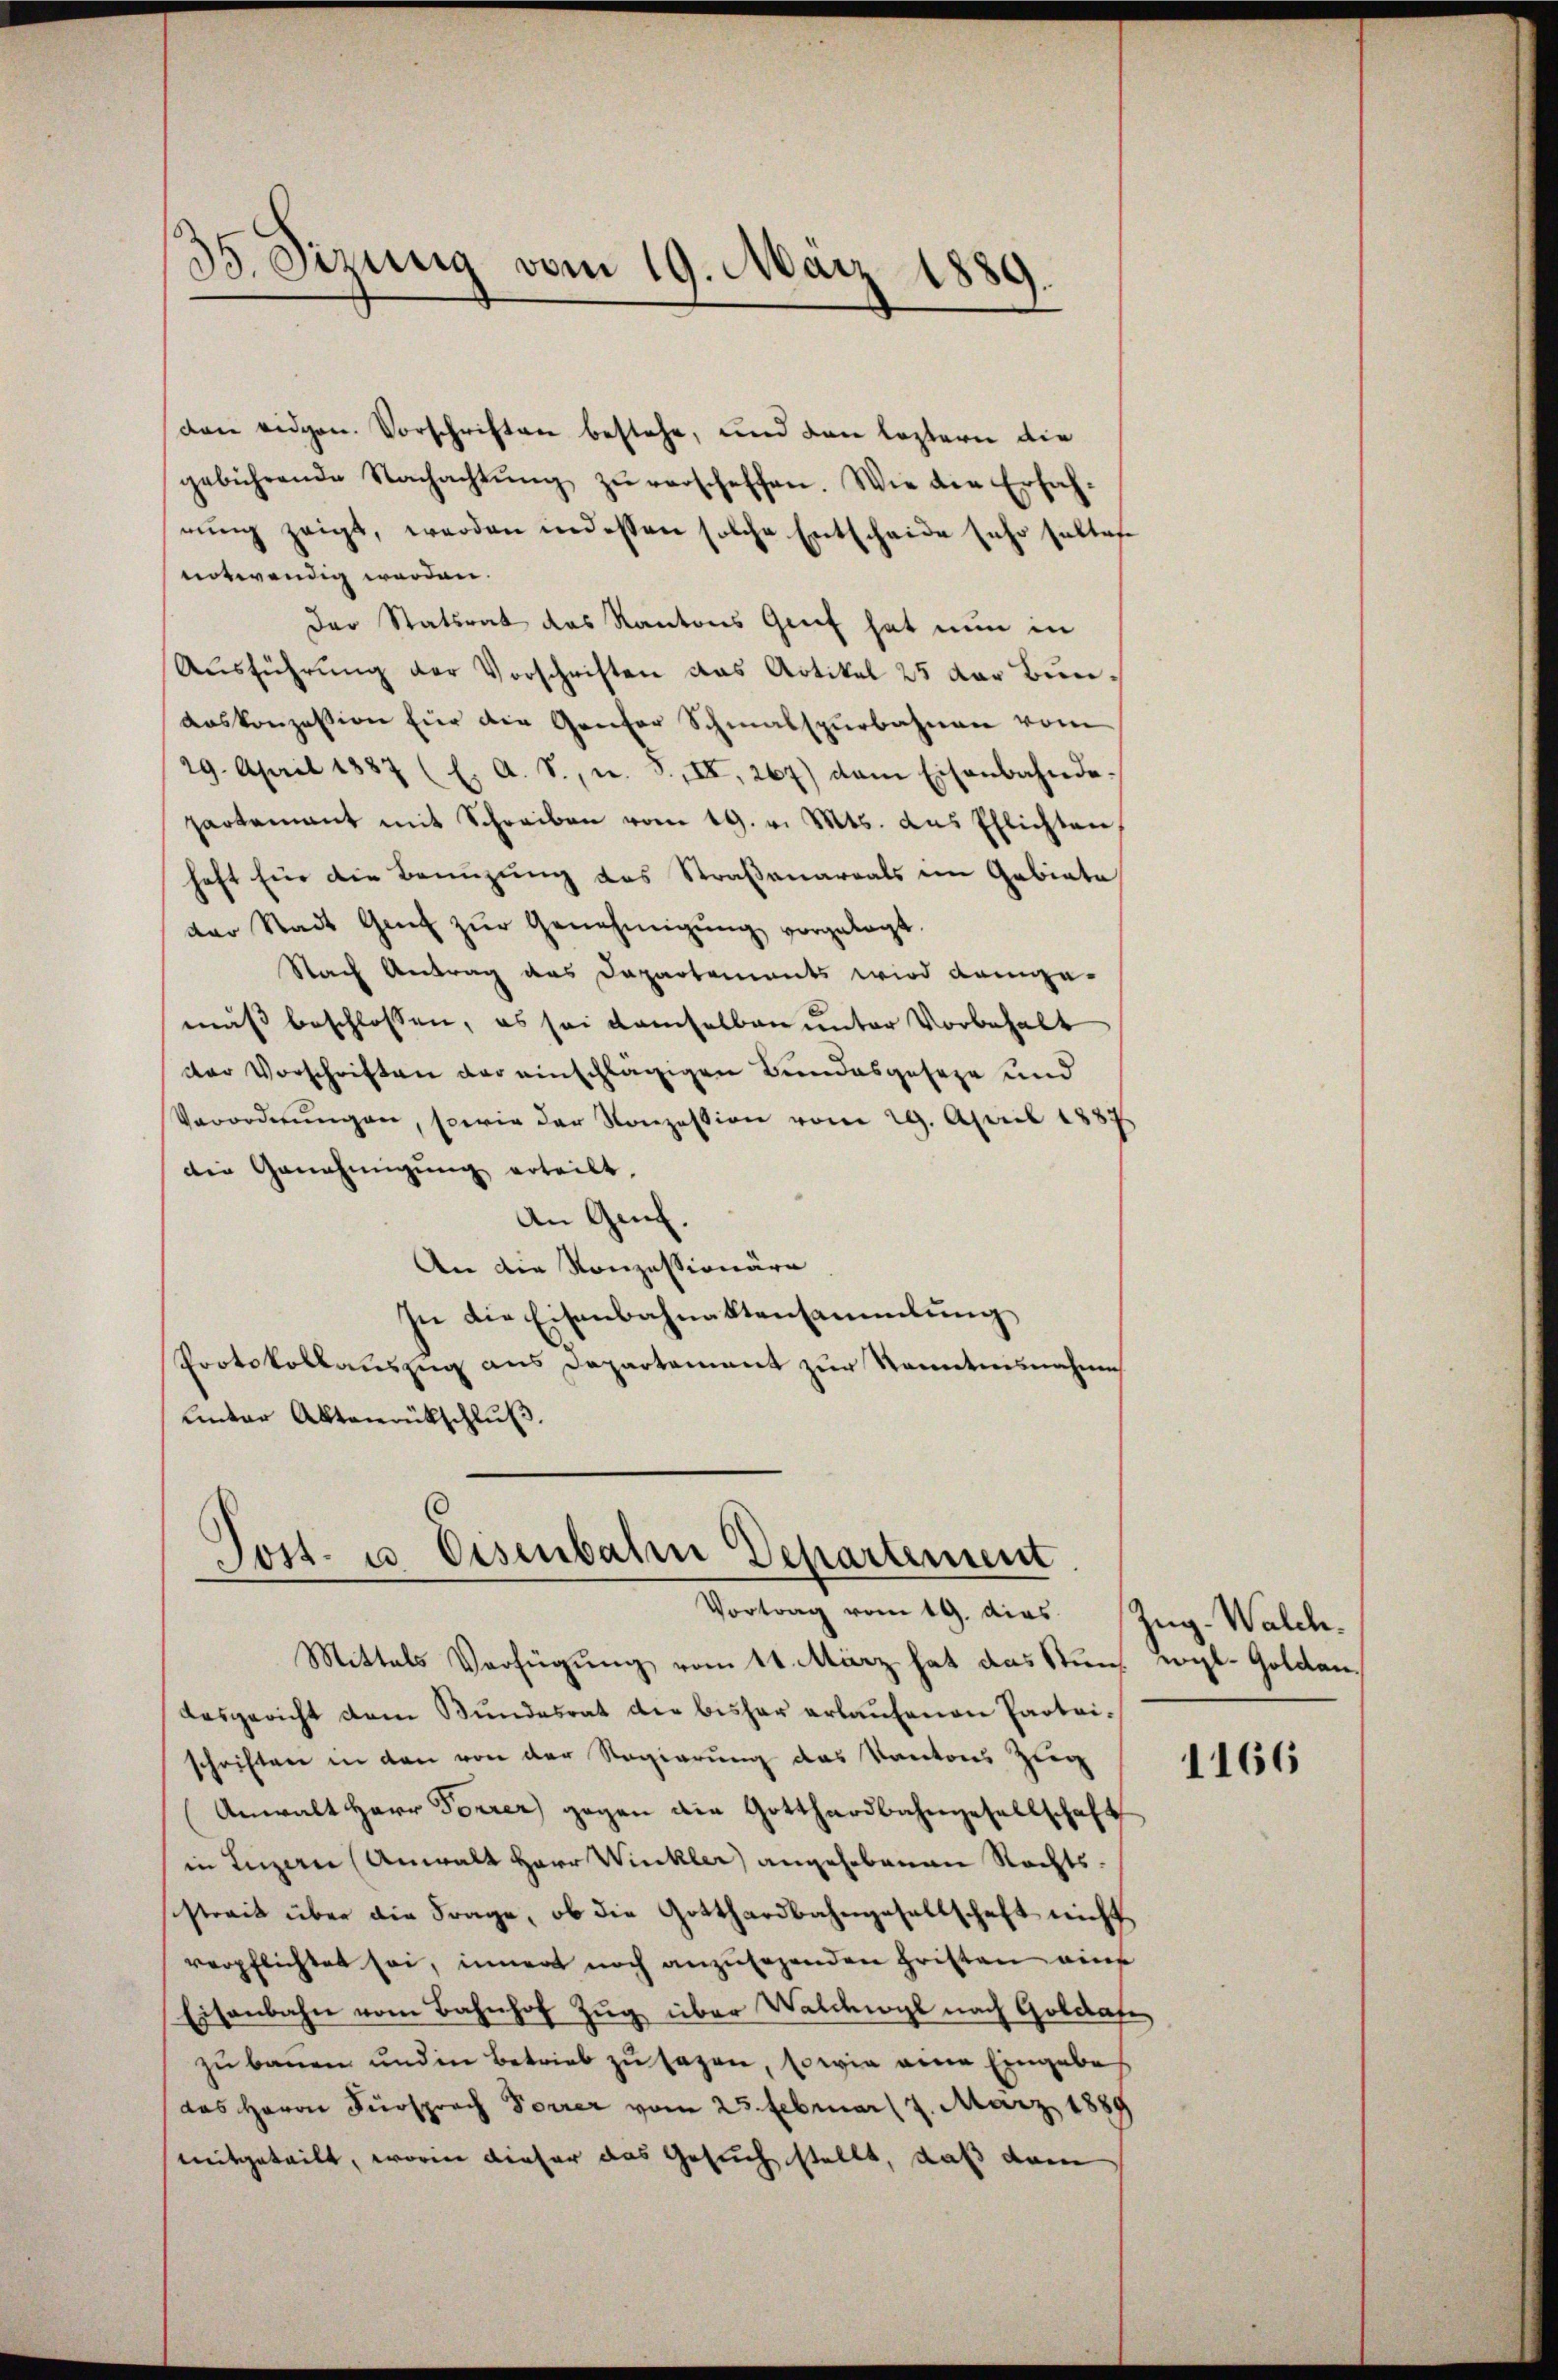
35. Sizung vom 19. März 1889.

den eidgen. Vorschriften bestehe, und den leztern die
gebührende Nachachtŭng zŭ verscheffen. Wie die Erfah-
rŭng zeigt, werden indessen solche Entscheide sehr soltes
entwendig werden.
Der Statsrat das Kantons Greif hat nun in
Aŭsführŭng der Vorschriften das Artikel 25 der Bunaoskonzession für die Genfer Schmalspurbahnen vom
29. April 1887 (E. A. S., u. S. II, 267) dem Eisenbahnde-
partamant mit Schreiben vom 19. v. Mts. aus Pflichten,
haft für die Bannzung des Straßenareals im Gebiete
der Stadt Gant zŭr Genehmigŭng vorgelegt.
Nach Antrag des Dapartements wird dange-
muß beschlossen, es sei demselben unter Vorbehalt
der Vorschriften der einschlägigen Bundesgeseze und
Verordnŭngen, sowie der Konzession vom 29. April 1887
die Genehmigung erteilt.
An Genf.
An die Konzessionäre
In die Eisenbahnaktensammlung
Protokollauszug aus Departement zur Kenntnisnahme
Unter Aktenrückschluß.

Post- u Eisenbahn Departement
Vortrag vom 19. dies Zŭg-Walch.

Mittels Verfügung vom 14. März hat das Stun vgl. Golden.
desgericht dem Bundesrat der bisher erlaufenen Parteischriften in den von der Regierung des Kantons Zug
Anwalt Herr Forrer gegen die Gotthardbahngesellschaft
in Luzern (Anwalt Herr Winkler angehobenen Rechtssstreit über die Frage, ob die Gotthardbahngesellschaft nicht
verpflichtet sei, inner noch anzusehenden Fristen auf
Eisenbahn vom Bahnhof Zŭg über Walchwyl nach Goldate
zu bauen und in Betrieb zu sagen, so wie eine Eingabe
das Herrn Fürsprach Forrer vom 25. Februar 17. März 1889
mitgeteilt, worin dieser das Gesuch stellt, daß dann

1166